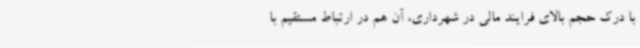
با درک حجم بالای فرایند مالی در شهرداری، آن هم در ارتباط مستقیم با